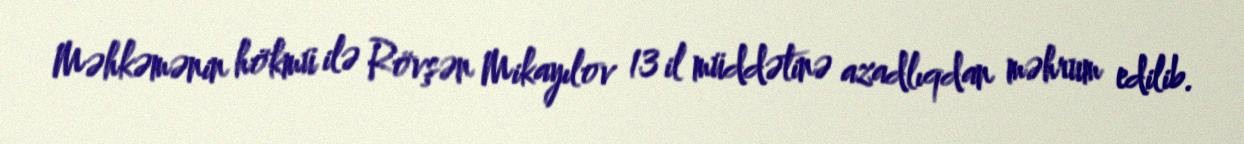
Məhkəmənin hökmü ilə Rövşən Mikayılov 13 il müddətinə azadlıqdan məhrum edilib.